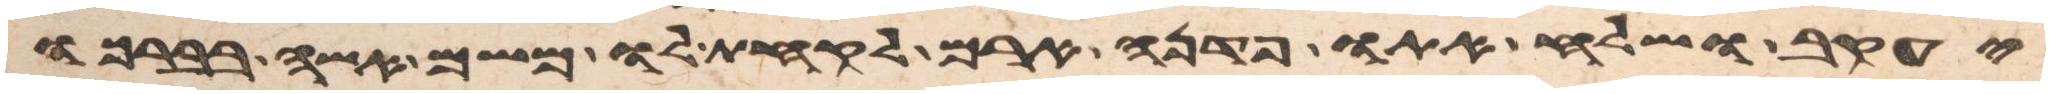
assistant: יעקב ושלח אתו פדנה ארם לקחת לו משם אשה בברכו